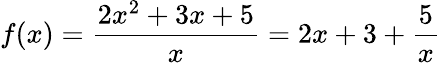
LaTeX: f(x)={\frac{2x^{2}+3x+5}{x}}=2x+3+{\frac{5}{x}}